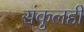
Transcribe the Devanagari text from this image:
संकुलही